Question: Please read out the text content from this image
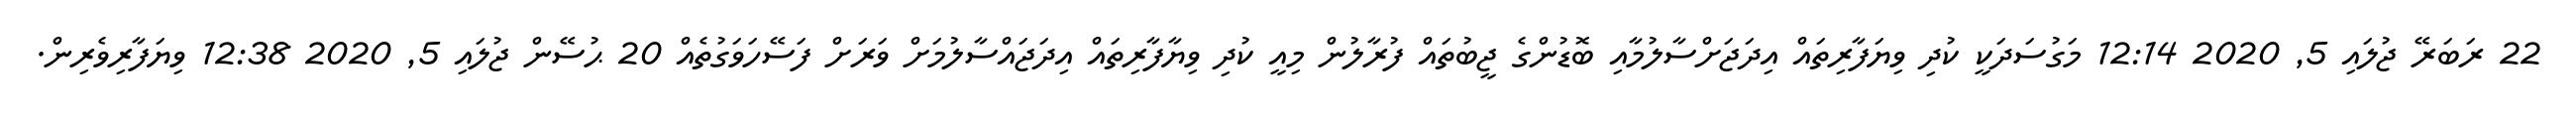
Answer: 22 ރަބަރޭ ޖުލައި 5, 2020 12:14 މަގުސަދަކީ ކުދި ވިޔަފާރިތައް އިދަޖަށްސާލުމާއި ބޮޑުންގެ ޖީބުތައް ފުރާލުން މިއީ ކުދި ވިޔާފާރިތައް އިދަޖައްސާލުމަށް ވަރަށް ފަސޭހަވަގުތެއް 20 ޙުސޭން ޖުލައި 5, 2020 12:38 ވިޔަފާރިވެރިން.